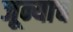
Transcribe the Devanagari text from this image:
जून्याच